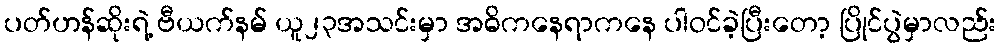
ပတ်ဟန်ဆိုးရဲ့ ဗီယက်နမ် ယူ၂၃အသင်းမှာ အဓိကနေရာကနေ ပါဝင်ခဲ့ပြီးတော့ ပြိုင်ပွဲမှာလည်း